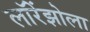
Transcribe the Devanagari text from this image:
लॉरेंझोला